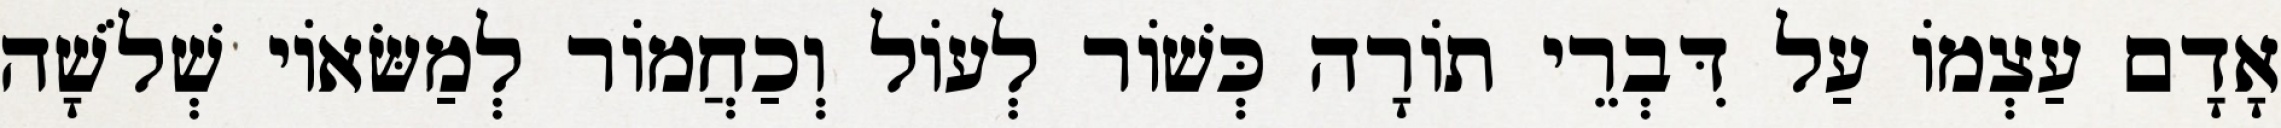
אָדָם עַצְמוֹ עַל דִּבְרֵי תוֹרָה כְּשׁוֹר לְעוֹל וְכַחֲמוֹר לְמַשּׂאוֹי שְׁלֹשָׁה